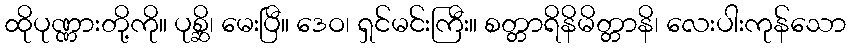
ထိုပုဏ္ဏားတို့ကို။ ပုစ္ဆိ၊ မေးပြီ။ ဒေဝ၊ ရှင်မင်းကြီး။ စတ္တာရိနိမိတ္တာနိ၊ လေးပါးကုန်သော